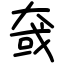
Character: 㚜